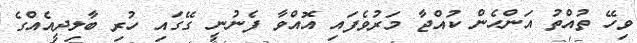
ވިހޭ ތުއްތު އަންހެން ކުއްޖާ މަރުވެފައި އޮއްވާ ފެނުނީ ގޭގައި ހުރި ބާލިދީއެއްގެ